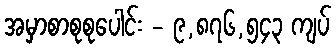
အမှာစာစုစုပေါင်း - ၉,၈၇၆,၅၄၃ ကျပ်